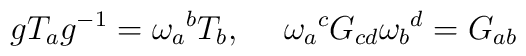
gT_a g^{-1}  = \omega_a{}^b T_b, \hskip 15pt\omega_a{}^c G_{cd} \omega_b{}^d = G_{ab}